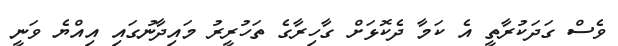
ވެސް ގަދަކުރާތީ އެ ކަމާ ދެކޮޅަށް ގާހިރާގެ ތަހުރީރު މައިދާނުގައި އިއްޔެ ވަނީ